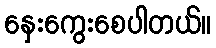
နှေးကွေးစေပါတယ်။